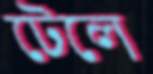
টেলে